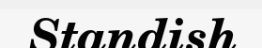
Standish